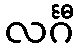
လင်္ဂီ